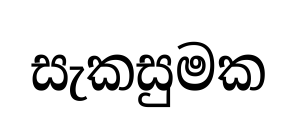
සැකසුමක